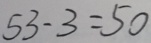
5 3 - 3 = 5 0